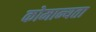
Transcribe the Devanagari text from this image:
कोमान्यता